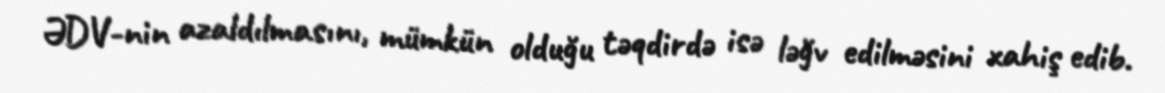
ƏDV-nin azaldılmasını, mümkün olduğu təqdirdə isə ləğv edilməsini xahiş edib.